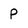
Character: P